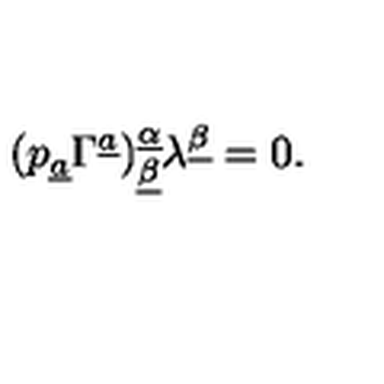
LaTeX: ( p _ { \underline { a } } \Gamma ^ { \underline { a } } ) _ { \underline { \beta } } ^ { \underline { \alpha } } \lambda ^ { \underline { \beta } } = 0 .